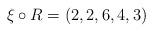
LaTeX: \begin{align*}\xi\circ R=(2,2,6,4,3)\end{align*}